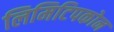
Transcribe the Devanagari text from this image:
लिमिटिपकोन